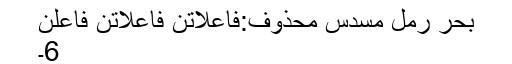
بحر رمل مسدس محذوف:فاعلاتن فاعلاتن فاعلن
6۔